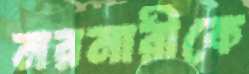
নরনারীকে